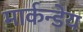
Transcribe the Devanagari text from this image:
मार्कन्डेय